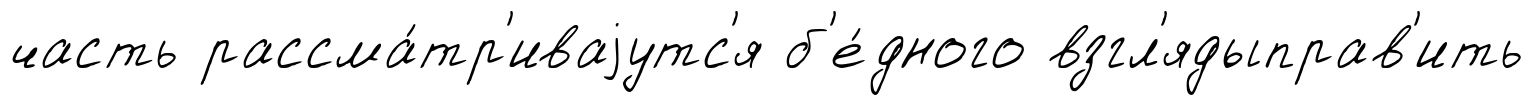
часть рассма́тр'иваjутс'я б'е́дного взгл'ядыправ'ить